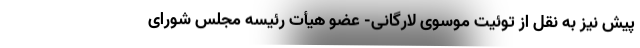
پیش نیز به نقل از توئیت موسوی لارگانی- عضو هیأت رئیسه مجلس شورای